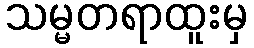
သမ္မတရာထူးမှ